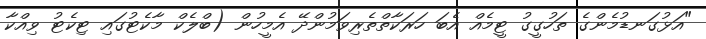
"އަޅުގަނޑުމެންގެ ތަހުގީގު ޓީމެއް އެބަ ހަރަކާތްތެރިވަމުންދޭ އެމީހުން (ބްލެކް މާކެޓުގައި ޓިކެޓު ވިއްކާ